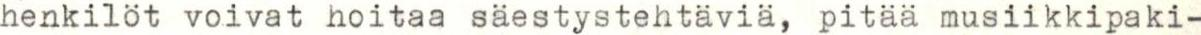
henkilöt voivat hoitaa säestystehtäviä, pitää musiikkipaki-